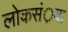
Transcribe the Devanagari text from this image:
लोकसं़या